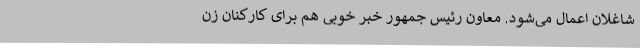
شاغلان اعمال می‌شود. معاون رئیس جمهور خبر خوبی هم برای کارکنان زن